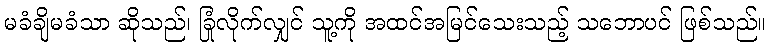
မခံချိမခံသာ ဆိုသည်၊ ခြုံလိုက်လျှင် သူ့ကို အထင်အမြင်သေးသည့် သဘောပင် ဖြစ်သည်။